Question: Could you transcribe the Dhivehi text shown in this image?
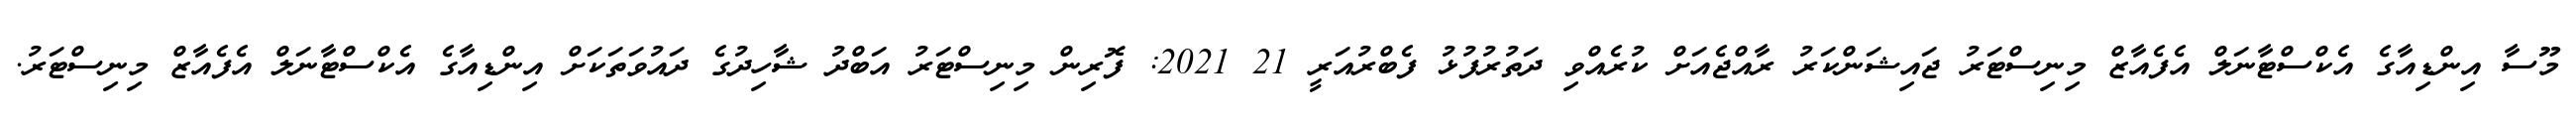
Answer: މޫސާ އިންޑިއާގެ އެކްސްޓާނަލް އެފެއާޒް މިނިސްޓަރު ޖައިޝަންކަރު ރާއްޖެއަށް ކުރެއްވި ދަތުރުފުޅު ފެބްރުއަރީ 21 2021: ފޮރިން މިނިސްޓަރު އަބްދު ޝާހިދުގެ ދައުވަތަކަށް އިންޑިއާގެ އެކްސްޓާނަލް އެފެއާޒް މިނިސްޓަރު.